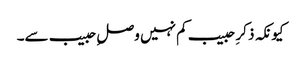
کیونکہ ذکرِ حبیب کم نہیں وصلِ حبیب سے۔